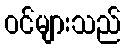
ဝင်များသည်